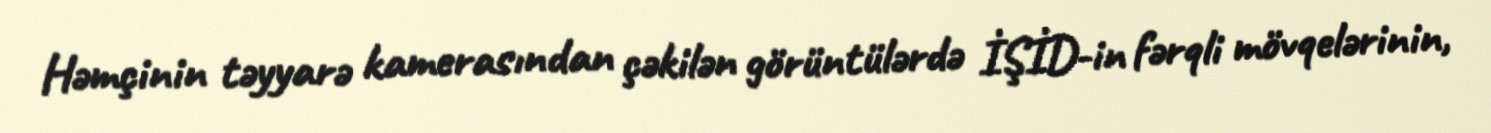
Həmçinin təyyarə kamerasından çəkilən görüntülərdə İŞİD-in fərqli mövqelərinin,